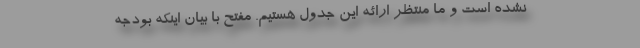
نشده است و ما منتظر ارائه این جدول هستیم. مفتح با بیان اینکه بودجه